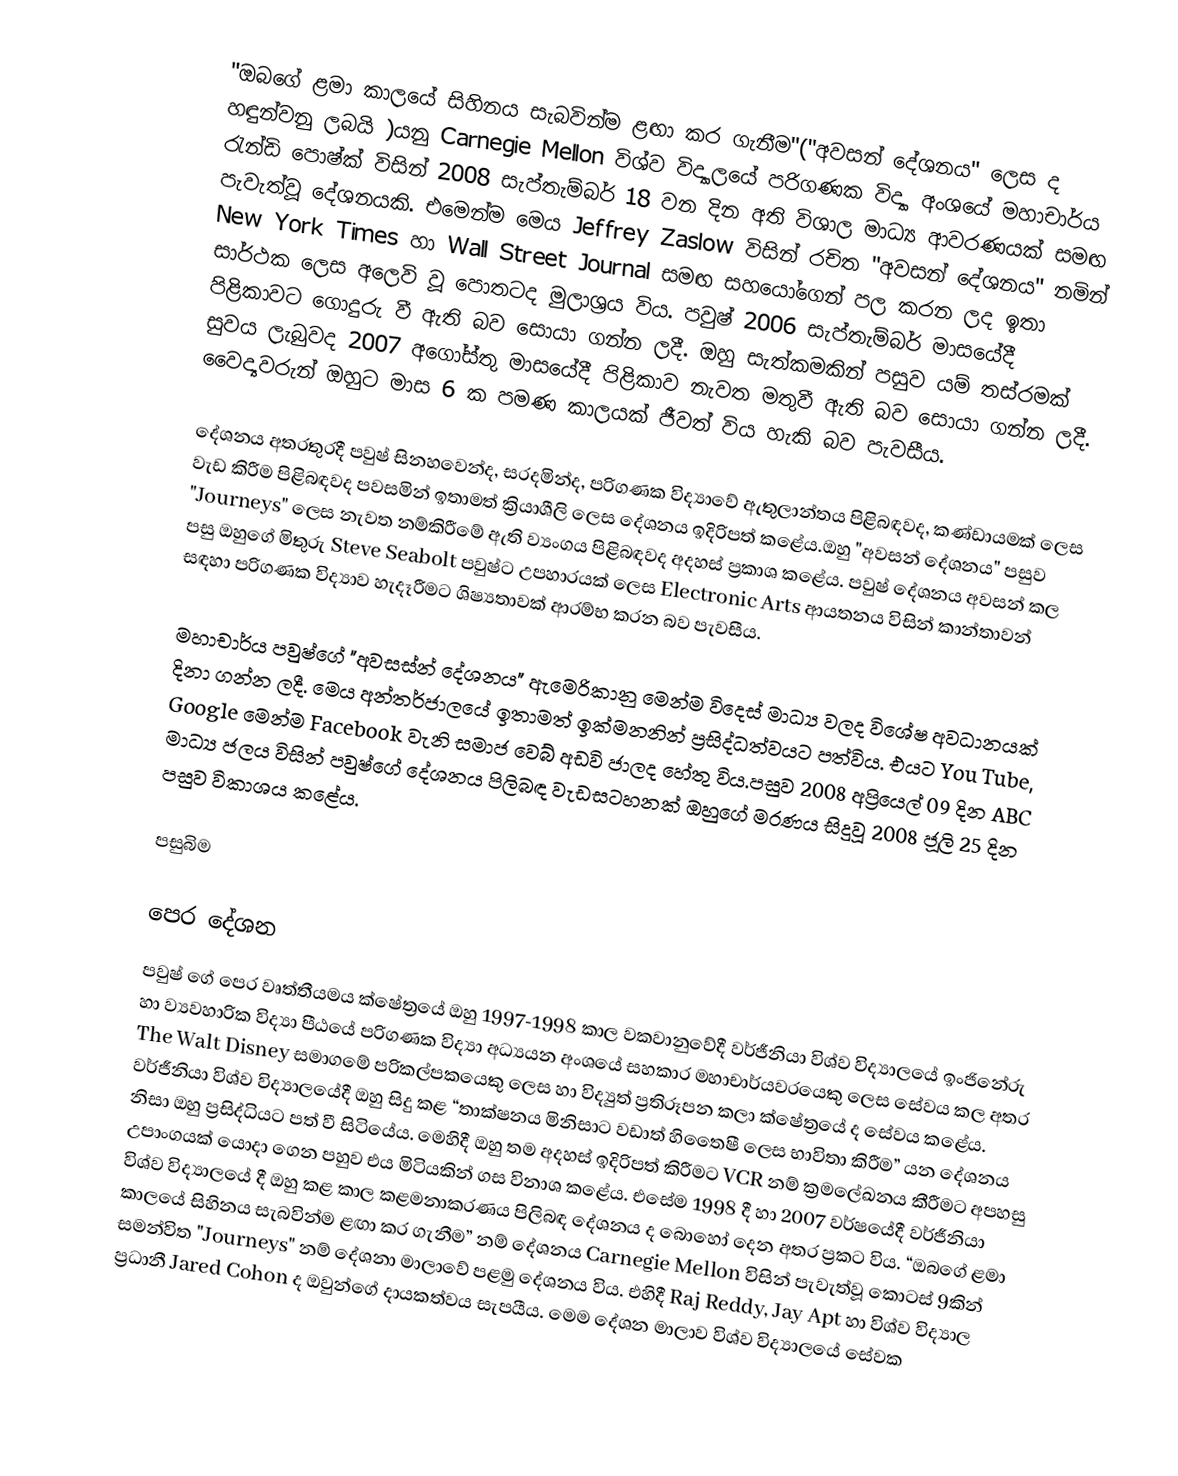
"ඔබගේ ළමා කාලයේ සිහිනය සැබවින්ම ළඟා කර ගැනීම"("අවසන් දේශනය" ලෙස ද හඳුන්වනු ලබයි )යනු Carnegie Mellon විශ්ව විද්‍යාලයේ පරිගණක විද්‍යා අංශයේ මහාචාර්ය රැන්ඩි පොෂ්ක් විසින් 2008 සැප්තැම්බර් 18 වන දින අති විශාල මාධ්‍ය ආවරණයක් සමඟ පැවැත්වූ දේශනයකි. එමෙන්ම මෙය Jeffrey Zaslow විසින් රචිත "අවසන් දේශනය" නමින්  New York Times හා  Wall Street Journal සමඟ සහයෝගෙන් පල කරන ලද ඉතා සාර්ථක ලෙස අලෙවි වූ පොතටද මුලාශ්‍රය විය. පවුෂ් 2006 සැප්තැම්බර් මාසයේදී පිළිකාවට ගොදුරු වී ඇති බව සොයා ගන්න ලදී. ඔහු සැත්කමකින් පසුව යම් තස්රමක් සුවය ලැබුවද 2007 අගෝස්තු මාසයේදී පිළිකාව නැවත මතුවී ඇති බව සොයා ගන්න ලදී. වෛද්‍යවරුන් ඔහුට මාස 6 ක පමණ කාලයක් ජීවත් විය හැකි බව පැවසීය.

දේශනය අතරතුරදී පවුෂ් සිනහවෙන්ද, සරදමින්ද, පරිගණක විද්‍යාවේ ඇතුලාන්තය පිළිබඳවද, කණ්ඩායමක් ලෙස වැඩ කිරීම පිළිබඳවද පවසමින් ඉතාමත් ක්‍රියාශීලි ලෙස දේශනය ඉදිරිපත් කළේය.ඔහු "අවසන් දේශනය" පසුව "Journeys" ලෙස නැවත නම්කිරීමේ ඇති ව්‍යංගය පිළිබඳවද අදහස් ප්‍රකාශ කළේය. පවුෂ් දේශනය අවසන් කල පසු ඔහුගේ මිතුරු Steve Seabolt පවුෂ්ට උපහාරයක් ලෙස Electronic Arts ආයතනය විසින් කාන්තාවන් සඳහා පරිගණක විද්‍යාව හැදෑරීමට ශිෂ්‍යතාවක් ආරම්භ කරන බව පැවසීය.

මහාචාර්ය පවුෂ්ගේ "අවසස්න් දේශනය" ඇමෙරිකානු මෙන්ම විදෙස් මාධ්‍ය වලද විශේෂ අවධානයක් දිනා ගන්න ලදී. මෙය අන්තර්ජාලයේ ඉතාමත් ඉක්මනනින් ප්‍රසිද්ධත්වයට පත්විය. එයට You Tube, Google මෙන්ම Facebook වැනි සමාජ වෙබ් අඩවි ජාලද හේතු විය.පසුව 2008 අප්‍රියෙල් 09 දින ABC මාධ්‍ය ජලය විසින් පවුෂ්ගේ දේශනය පිලිබඳ වැඩසටහනක් ඔහුගේ මරණය සිදුවූ 2008 ජූලි 25 දින පසුව විකාශය කළේය.

පසුබිම

පෙර දේශන
පවුෂ් ගේ පෙර වෘත්තීයමය ක්ෂේත්‍රයේ ඔහු 1997-1998 කාල වකවානුවේදී වර්ජීනියා විශ්ව විද්‍යාලයේ ඉංජිනේරු හා ව්‍යවහාරික විද්‍යා පීඨයේ පරිගණක විද්‍යා අධ්‍යයන අංශයේ සහකාර මහාචාර්යවරයෙකු ලෙස සේවය කල අතර The Walt Disney සමාගමේ පරිකල්පකයෙකු ලෙස හා විද්‍යුත් ප්‍රතිරූපන කලා ක්ෂේත්‍රයේ ද සේවය කළේය.  වර්ජීනියා විශ්ව විද්‍යාලයේදී ඔහු සිදු කළ “තාක්ෂනය මිනිසාට වඩාත් හිතෛෂී ලෙස භාවිතා කිරීම” යන දේශනය නිසා ඔහු ප්‍රසිද්ධියට පත් වී සිටියේය. මෙහිදී ඔහු තම අදහස් ඉදිරිපත් කිරීමට VCR නම් ක්‍රමලේඛනය කීරීමට අපහසු උපාංගයක් යොදා ගෙන පහුව එය මිටියකින් ගස විනාශ කළේය. එසේම 1998 දී හා 2007 වර්ෂයේදී වර්ජීනියා විශ්ව විද්‍යාලයේ දී ඔහු කළ කාල කළමනාකරණය පිලිබඳ දේශනය ද බොහෝ දෙන අතර ප්‍රකට විය. “ඔබගේ ළමා කාලයේ සිහිනය සැබවින්ම ළඟා කර ගැනීම” නම් දේශනය Carnegie Mellon විසින් පැවැත්වූ කොටස් 9කින් සමන්විත "Journeys" නම් දේශනා මාලාවේ පළමු දේශනය විය. එහිදී Raj Reddy, Jay Apt හා විශ්ව විද්‍යාල ප්‍රධානී Jared Cohon ද ඔවුන්ගේ දායකත්වය සැපයීය. මෙම දේශන මාලාව විශ්ව විද්‍යාලයේ සේවක